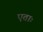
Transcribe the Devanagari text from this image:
एताः